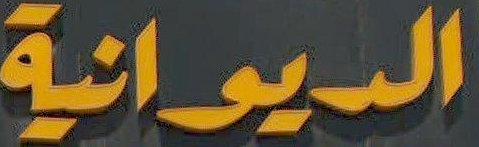
الديوانية